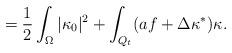
LaTeX: \begin{align*} = \frac{1}{2} \int_{\Omega} |\kappa_0|^2 + \int_{Q_t} (a f + \Delta \kappa^*)\kappa.\end{align*}